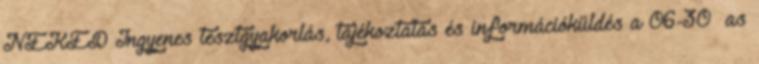
NEKED Ingyenes tesztgyakorlás, tájékoztatás és információküldés a 06-30 as